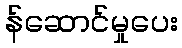
န်ဆောင်မှုပေး